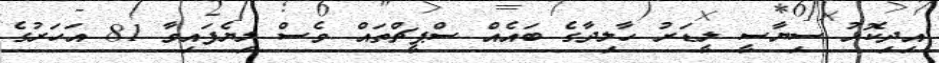
އިދިކޮޅު ސިޔާސީ ލީޑަރު ހާލިދާގެ ބައެއް ސްޕީޗްތައް ވެސް ލިޔެފައިވާ 81 އަހަރުގެ